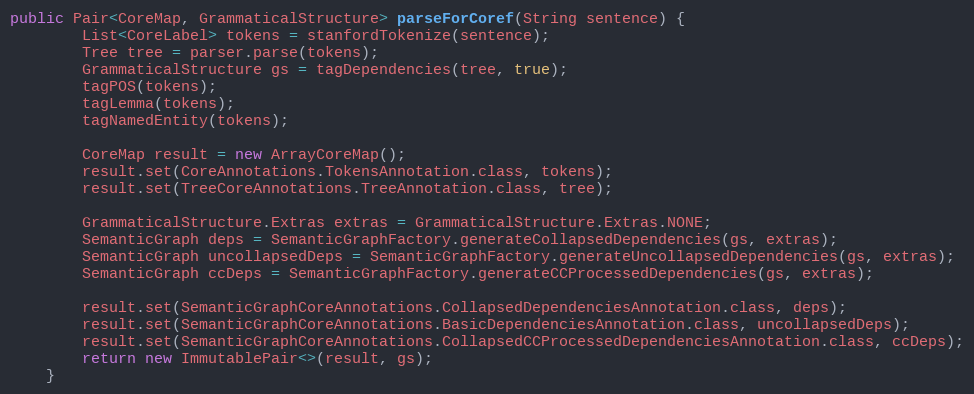
Language: Java
public Pair<CoreMap, GrammaticalStructure> parseForCoref(String sentence) {
        List<CoreLabel> tokens = stanfordTokenize(sentence);
        Tree tree = parser.parse(tokens);
        GrammaticalStructure gs = tagDependencies(tree, true);
        tagPOS(tokens);
        tagLemma(tokens);
        tagNamedEntity(tokens);

        CoreMap result = new ArrayCoreMap();
        result.set(CoreAnnotations.TokensAnnotation.class, tokens);
        result.set(TreeCoreAnnotations.TreeAnnotation.class, tree);

        GrammaticalStructure.Extras extras = GrammaticalStructure.Extras.NONE;
        SemanticGraph deps = SemanticGraphFactory.generateCollapsedDependencies(gs, extras);
        SemanticGraph uncollapsedDeps = SemanticGraphFactory.generateUncollapsedDependencies(gs, extras);
        SemanticGraph ccDeps = SemanticGraphFactory.generateCCProcessedDependencies(gs, extras);

        result.set(SemanticGraphCoreAnnotations.CollapsedDependenciesAnnotation.class, deps);
        result.set(SemanticGraphCoreAnnotations.BasicDependenciesAnnotation.class, uncollapsedDeps);
        result.set(SemanticGraphCoreAnnotations.CollapsedCCProcessedDependenciesAnnotation.class, ccDeps);
        return new ImmutablePair<>(result, gs);
    }